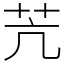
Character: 苀